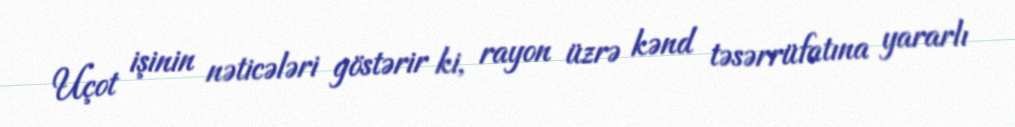
Uçot işinin nəticələri göstərir ki, rayon üzrə kənd təsərrüfatına yararlı